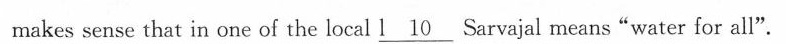
makes sense that in one of the local \underline{l 10} Sarvajal means "water for all".